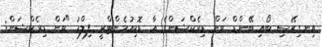
އިނގިރޭސި ބޯއި ބޭންޑް ވަން ޑިރެކްޝަންގެ އާ ޑޮކިއުމެންޓްރީ ފިލްމު "ވަން ޑިރެކްޝަން: